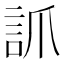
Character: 𧦐